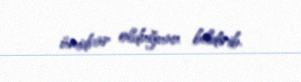
ümidvar olduğunu bildirib.